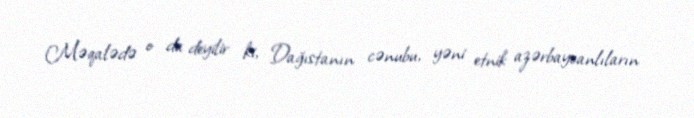
Məqalədə o da deyilir ki, Dağıstanın cənubu, yəni etnik azərbaycanlıların